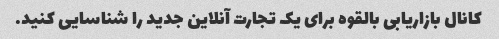
کانال بازاریابی بالقوه برای یک تجارت آنلاین جدید را شناسایی کنید.